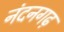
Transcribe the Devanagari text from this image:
नंदनगढ़